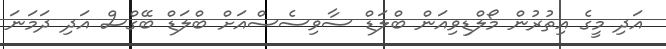
އަދި މީގެ އިތުރުން މޯލްޑިވިއަން ބްލަޑް ސާވިސެސްއަށް ބްލަޑް ބޭގްސް އަދި ދަމަނަ